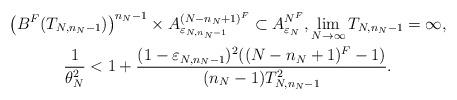
LaTeX: \begin{gather*} \left(B^{F}(T_{N,n_N-1})\right)^{n_N-1} \times A^{(N-n_N+1)^{F}}_{\varepsilon_{N,n_N-1} } \subset A^{N^{F}}_{\varepsilon_N }, \lim_{N\to \infty} T_{N,n_N-1}=\infty, \\\frac{1}{\theta_N^{2}} <1+\frac{(1-\varepsilon_{N,n_N-1} )^2((N-n_N+1)^F-1)}{(n_N-1)T_{N,n_N-1}^2}.\end{gather*}